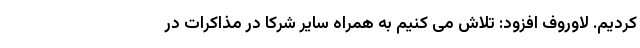
کردیم. لاوروف افزود: تلاش می کنیم به همراه سایر شرکا در مذاکرات در